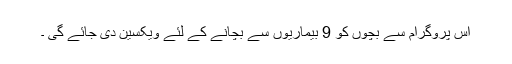
اس پروگرام سے بچوں کو 9 بیماریوں سے بچانے کے لئے ویکسین دی جائے گی ۔